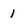
Character: 1